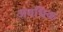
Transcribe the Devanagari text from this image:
अवधिक